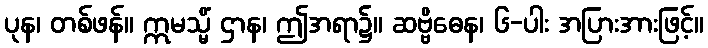
ပုန၊ တစ်ဖန်။ ဣမသ္မိံ ဌာန၊ ဤအရာ၌။ ဆဗ္ဗိဓေန၊ ၆-ပါး အပြားအားဖြင့်။